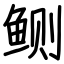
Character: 鲗